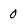
Character: 0